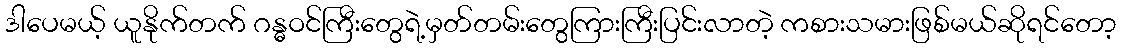
ဒါပေမယ့် ယူနိုက်တက် ဂန္ဓဝင်ကြီးတွေရဲ့မှတ်တမ်းတွေကြားကြီးပြင်းလာတဲ့ ကစားသမားဖြစ်မယ်ဆိုရင်တော့